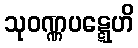
သုဝဏ္ဏပဋ္ဋေဟိ